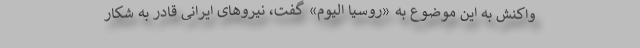
واکنش به این موضوع به «روسیا الیوم» گفت، نیروهای ایرانی قادر به شکار